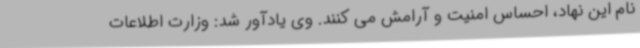
نام این نهاد، احساس امنیت و آرامش می کنند. وی یادآور شد: وزارت اطلاعات